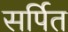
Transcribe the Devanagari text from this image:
सर्पित